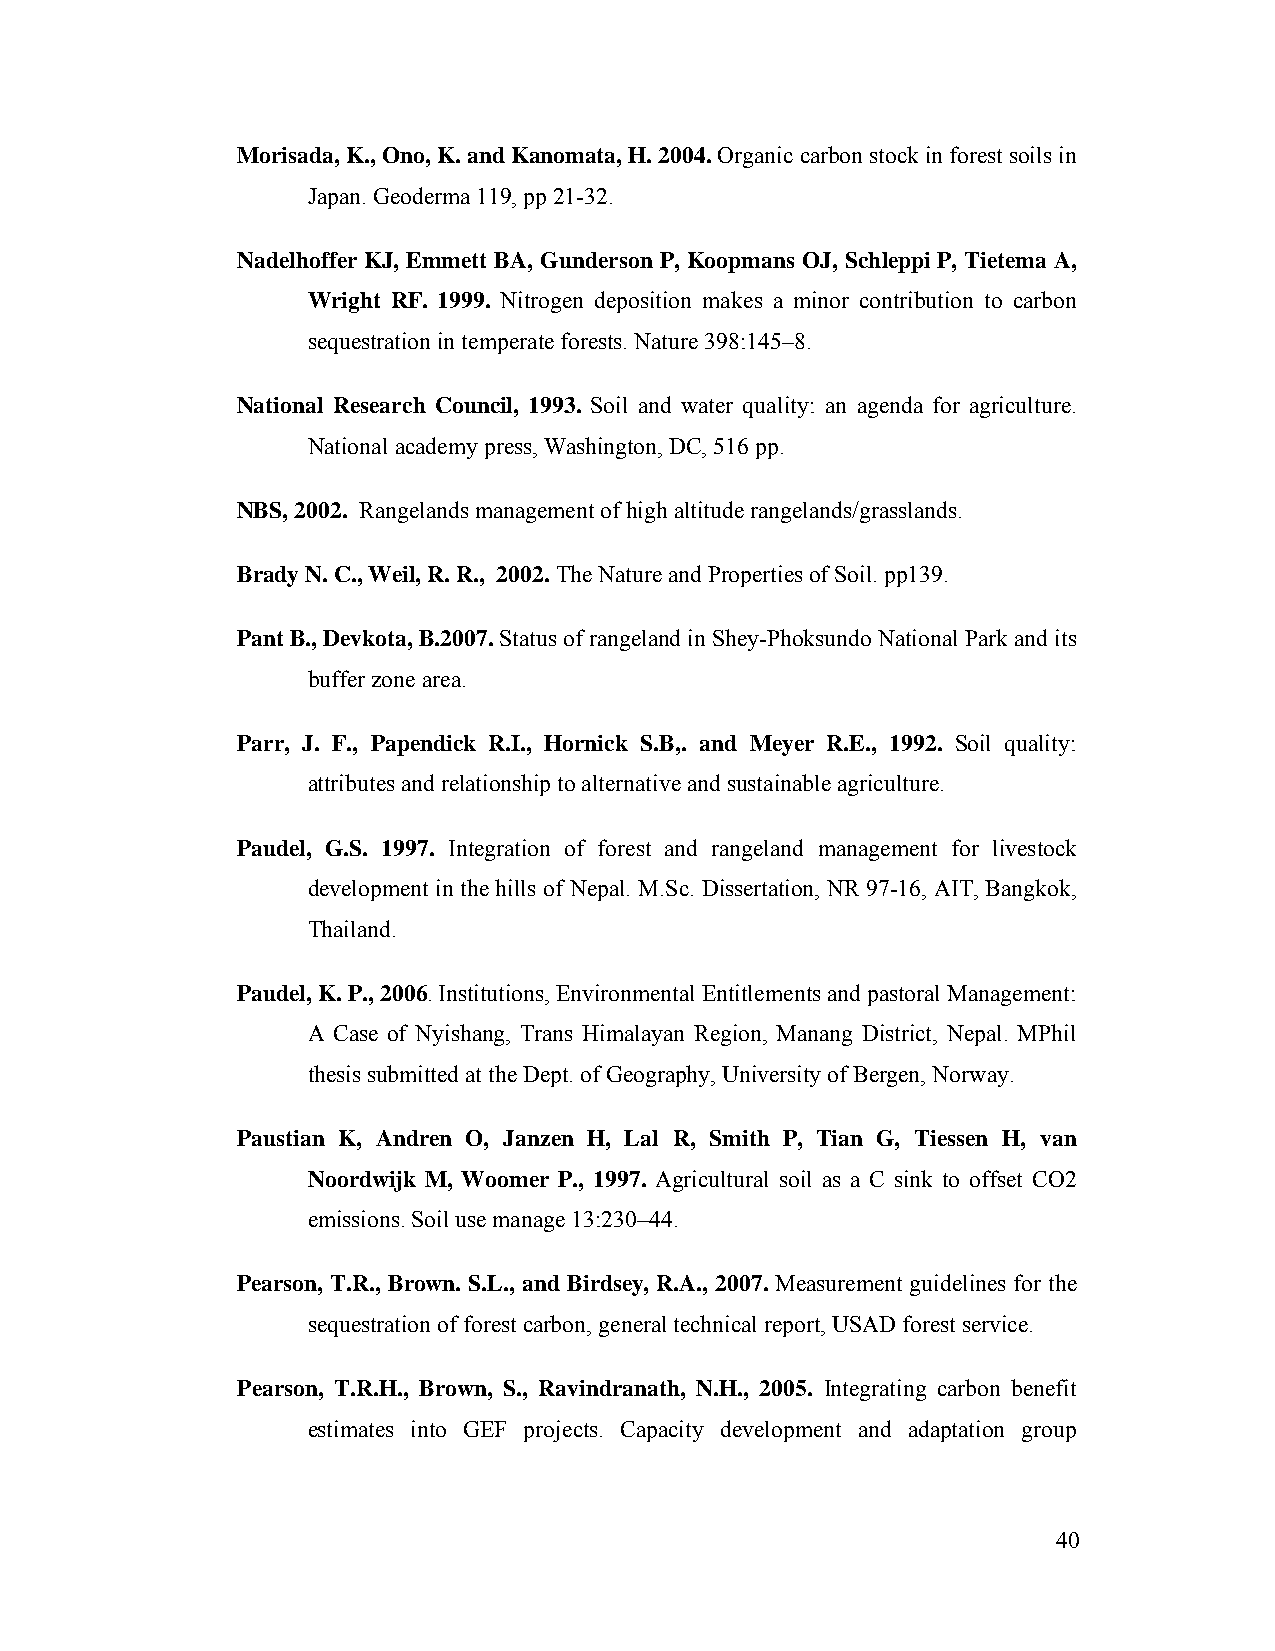
Morisada, K., Ono, K. and Kanomata, H. 2004. Organic carbon stock in forest soils in
 Japan. Geoderma 119, pp 21-32.
 Nadelhoffer KJ, Emmett BA, Gunderson P, Koopmans OJ, Schleppi P, Tietema A,
 Wright RF. 1999. Nitrogen deposition makes a minor contribution to carbon
 sequestration in temperate forests. Nature 398:145–8.
 National Research Council, 1993. Soil and water quality: an agenda for agriculture.
 National academy press, Washington, DC, 516 pp.
 NBS, 2002. Rangelands management of high altitude rangelands/grasslands.
 Brady N. C., Weil, R. R., 2002. The Nature and Properties of Soil. pp139.
 Pant B., Devkota, B.2007. Status of rangeland in Shey-Phoksundo National Park and its
 buffer zone area.
 Parr, J. F., Papendick R.I., Hornick S.B,. and Meyer R.E., 1992. Soil quality:
 attributes and relationship to alternative and sustainable agriculture.
 Paudel, G.S. 1997. Integration of forest and rangeland management for livestock
 development in the hills of Nepal. M.Sc. Dissertation, NR 97-16, AIT, Bangkok,
 Thailand.
 Paudel, K. P., 2006. Institutions, Environmental Entitlements and pastoral Management:
 A Case of Nyishang, Trans Himalayan Region, Manang District, Nepal. MPhil
 thesis submitted at the Dept. of Geography, University of Bergen, Norway.
 Paustian K, Andren O, Janzen H, Lal R, Smith P, Tian G, Tiessen H, van
 Noordwijk M, Woomer P., 1997. Agricultural soil as a C sink to offset CO2
 emissions. Soil use manage 13:230–44.
 Pearson, T.R., Brown. S.L., and Birdsey, R.A., 2007. Measurement guidelines for the
 sequestration of forest carbon, general technical report, USAD forest service.
 Pearson, T.R.H., Brown, S., Ravindranath, N.H., 2005. Integrating carbon benefit
 estimates into GEF projects. Capacity development and adaptation group
 40